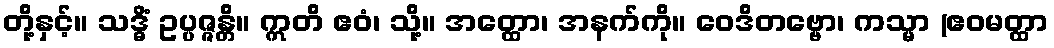
တို့နှင့်။ သဒ္ဓိံ ဥပ္ပဇ္ဇန္တိ။ ဣတိ ဧဝံ၊ သို့။ အတ္ထော၊ အနက်ကို။ ဝေဒိတဗ္ဗော၊ ကသ္မာ (ဧဝမတ္ထာ